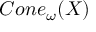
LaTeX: C o n e _ { \omega } ( X )